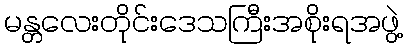
မန္တလေးတိုင်းဒေသကြီးအစိုးရအဖွဲ့